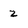
Character: 2